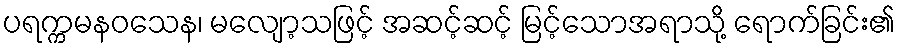
ပရက္ကမနဝသေန၊ မလျော့သဖြင့် အဆင့်ဆင့် မြင့်သောအရာသို့ ရောက်ခြင်း၏